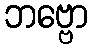
ဘဗ္ဗော